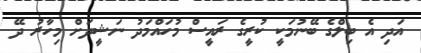
އަދި އެ ބިލްގެ ބޭނުމަކީ ކުރީގެ ރައީސް މުހައްމަދު ނަޝީދަށް މިހާރު ދޭ